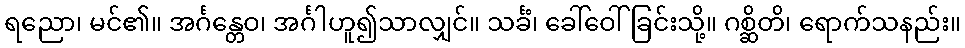
ရညော၊ မင်၏။ အင်္ဂန္တေဝ၊ အင်္ဂါဟူ၍သာလျှင်။ သင်္ခံ၊ ခေါ်ဝေါ်ခြင်းသို့။ ဂစ္ဆိတိ၊ ရောက်သနည်း။